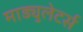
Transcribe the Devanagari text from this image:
माड्युलेटर्स